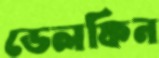
ডেলফিন